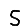
Digit: 5